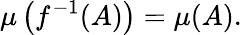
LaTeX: \mu\left(f^{-1}(A)\right)=\mu(A).